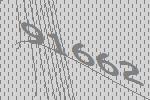
91662